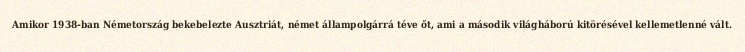
Amikor 1938-ban Németország bekebelezte Ausztriát, német állampolgárrá téve őt, ami a második világháború kitörésével kellemetlenné vált.